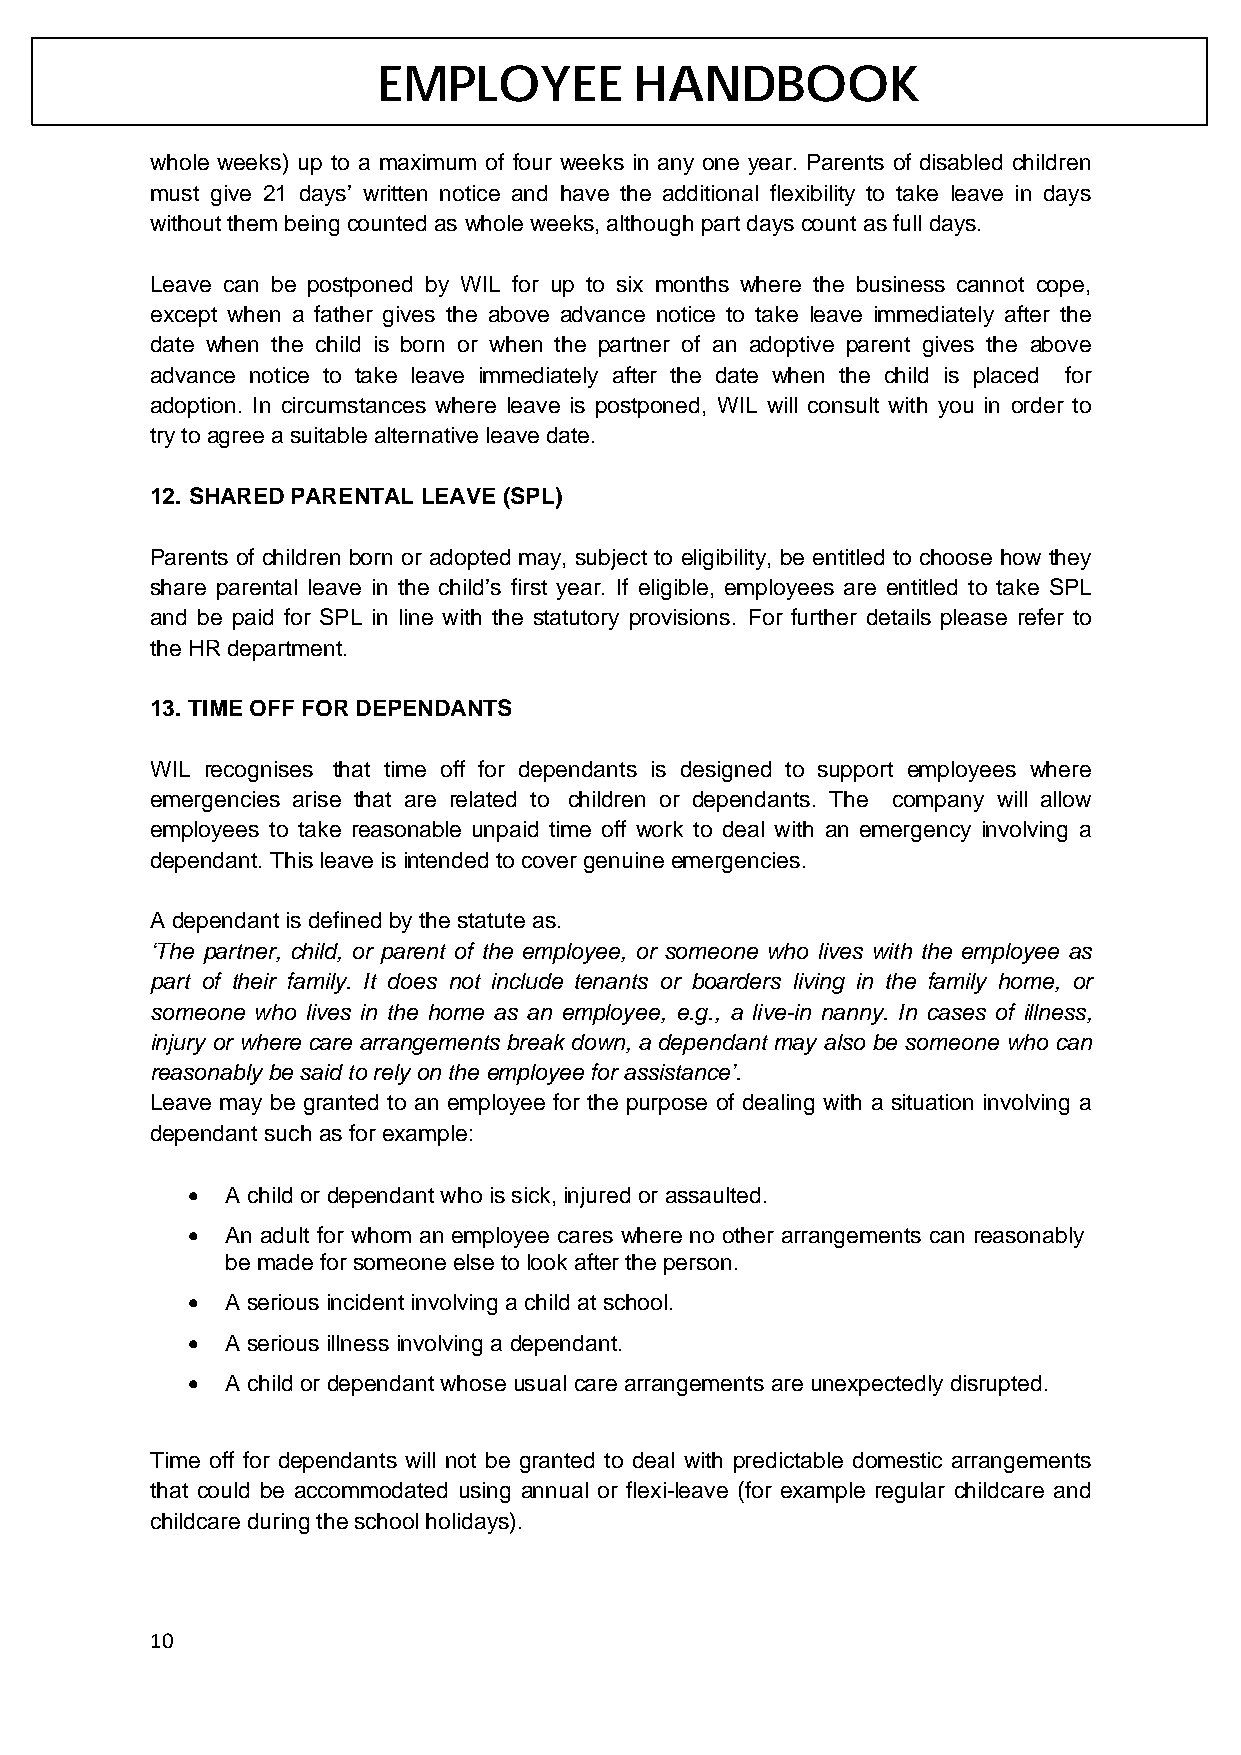
EMPLOYEE         HANDBOOK
 whole weeks) up to a maximum of four weeks in any one year. Parents of disabled children
 must give 21 days’ written notice and have the additional flexibility to take leave in days
 without them being counted as whole weeks, although part days count as full days.
 Leave can be postponed by WIL for up to six months where the business cannot cope,
 except when a father gives the above advance notice to take leave immediately after the
 date when the child is born or when the partner of an adoptive parent gives the above
 advance notice to take leave immediately after the date when the child is placed for
 adoption. In circumstances where leave is postponed, WIL will consult with you in order to
 try to agree a suitable alternative leave date.
 12. SHARED PARENTAL LEAVE (SPL)
 Parents of children born or adopted may, subject to eligibility, be entitled to choose how they
 share parental leave in the child’s first year. If eligible, employees are entitled to take SPL
 and be paid for SPL in line with the statutory provisions. For further details please refer to
 the HR department.
 13. TIME OFF FOR DEPENDANTS
 WIL recognises that time off for dependants is designed to support employees where
 emergencies arise that are related to children or dependants. The company will allow
 employees to take reasonable unpaid time off work to deal with an emergency involving a
 dependant. This leave is intended to cover genuine emergencies.
 A dependant is defined by the statute as.
 ‘The partner, child, or parent of the employee, or someone who lives with the employee as
 part of their family. It does not include tenants or boarders living in the family home, or
 someone who lives in the home as an employee, e.g., a live-in nanny. In cases of illness,
 injury or where care arrangements break down, a dependant may also be someone who can
 reasonably be said to rely on the employee for assistance’.
 Leave may be granted to an employee for the purpose of dealing with a situation involving a
 dependant such as for example:
 •  A child or dependant who is sick, injured or assaulted.
 •  An adult for whom an employee cares where no other arrangements can reasonably
 be made for someone else to look after the person.
 •  A serious incident involving a child at school.
 •  A serious illness involving a dependant.
 •  A child or dependant whose usual care arrangements are unexpectedly disrupted.
 Time off for dependants will not be granted to deal with predictable domestic arrangements
 that could be accommodated using annual or flexi-leave (for example regular childcare and
 childcare during the school holidays).
 10